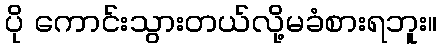
ပို ကောင်းသွားတယ်လို့မခံစားရဘူး။